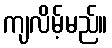
ကျလိမ့်မည်။